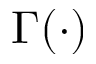
\Gamma ( \cdot )